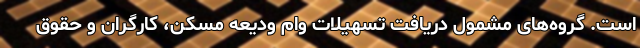
است. گروه‌های مشمول دریافت تسهیلات وام ودیعه مسکن، کارگران و حقوق